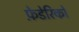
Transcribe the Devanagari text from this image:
फ़ेडेरिको